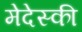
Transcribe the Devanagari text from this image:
मेदेस्की